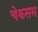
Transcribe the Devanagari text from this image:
चेकसम